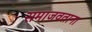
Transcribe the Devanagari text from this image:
समाजवताना